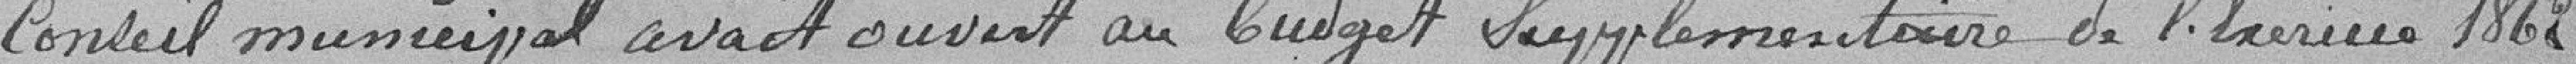
Conseil municipal avait ouvert un budget supplémentaire de l'exercice 1822,